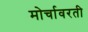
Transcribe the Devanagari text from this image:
मोर्चावरती